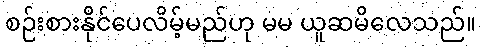
စဉ်းစားနိုင်ပေလိမ့်မည်ဟု မမ ယူဆမိလေသည်။